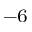
^ { - 6 }